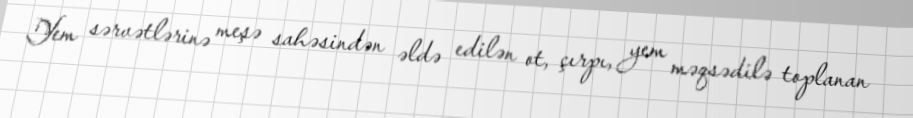
Yem sərvətlərinə meşə sahəsindən əldə edilən ot, çırpı, yem məqsədilə toplanan